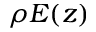
\rho E ( z )